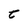
Character: t